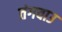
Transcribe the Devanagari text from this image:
तंगचाउ